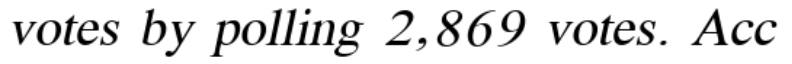
votes by polling 2,869 votes. Acc